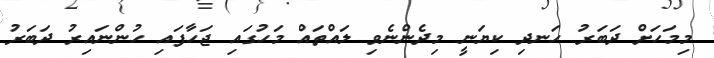
މިމަހަށް ދަބަރު ހަނދި ކިޔަނީ މިދެންނެވި ލައްތައް މަހުގައި ޖަހާފައި ހުންނައިރު ދަބަރު